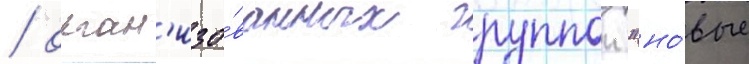
/ орган'изо́ванных группои "но́вые